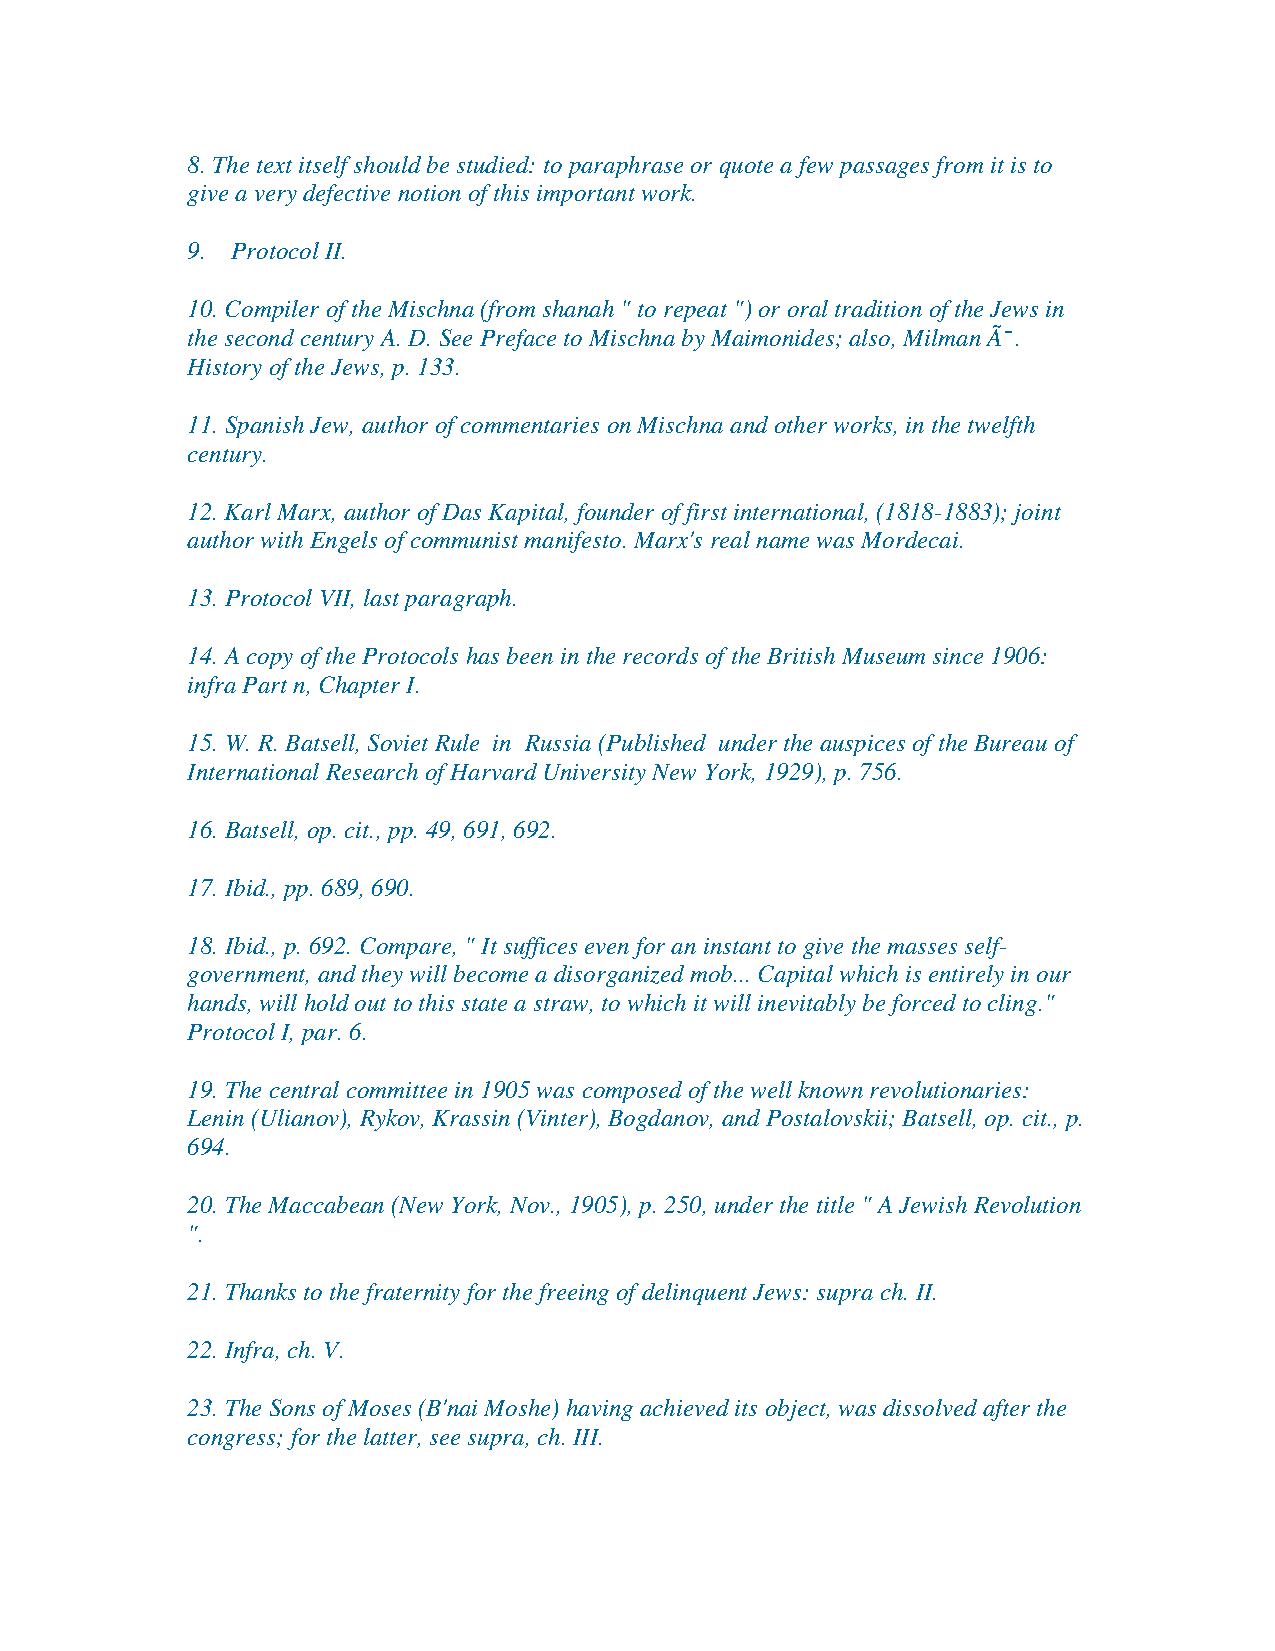
8. The text itself should be studied: to paraphrase or quote a few passages from it is to
 give a very defective notion of this important work.
 9. Protocol II.
 10. Compiler of the Mischna (from shanah " to repeat ") or oral tradition of the Jews in
 the second century A. D. See Preface to Mischna by Maimonides; also, Milman Ã¯.
 History of the Jews, p. 133.
 11. Spanish Jew, author of commentaries on Mischna and other works, in the twelfth
 century.
 12. Karl Marx, author of Das Kapital, founder of first international, (1818-1883); joint
 author with Engels of communist manifesto. Marx's real name was Mordecai.
 13. Protocol VII, last paragraph.
 14. A copy of the Protocols has been in the records of the British Museum since 1906:
 infra Part n, Chapter I.
 15. W. R. Batsell, Soviet Rule in Russia (Published under the auspices of the Bureau of
 International Research of Harvard University New York, 1929), p. 756.
 16. Batsell, op. cit., pp. 49, 691, 692.
 17. Ibid., pp. 689, 690.
 18. Ibid., p. 692. Compare, " It suffices even for an instant to give the masses self-
 government, and they will become a disorganized mob... Capital which is entirely in our
 hands, will hold out to this state a straw, to which it will inevitably be forced to cling."
 Protocol I, par. 6.
 19. The central committee in 1905 was composed of the well known revolutionaries:
 Lenin (Ulianov), Rykov, Krassin (Vinter), Bogdanov, and Postalovskii; Batsell, op. cit., p.
 694.
 20. The Maccabean (New York, Nov., 1905), p. 250, under the title " A Jewish Revolution
 ".
 21. Thanks to the fraternity for the freeing of delinquent Jews: supra ch. II.
 22. Infra, ch. V.
 23. The Sons of Moses (B'nai Moshe) having achieved its object, was dissolved after the
 congress; for the latter, see supra, ch. III.